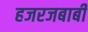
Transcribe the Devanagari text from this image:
हजरजबाबी